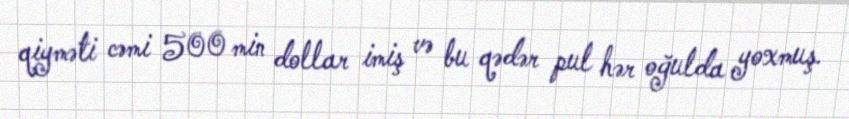
qiyməti cəmi 500 min dollar imiş və bu qədər pul hər oğulda yoxmuş.